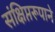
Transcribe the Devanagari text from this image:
संक्षिप्तरूपाने